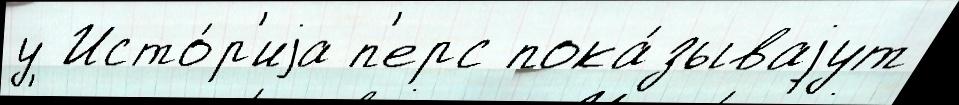
у Исто́р'иjа п'ерс пока́зываjут